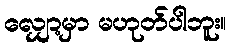
လျှော့မှာ မဟုတ်ပါဘူး။